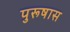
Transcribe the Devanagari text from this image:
पुरूषास